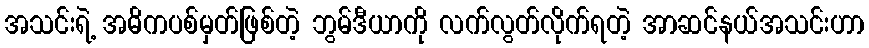
အသင်းရဲ့ အဓိကပစ်မှတ်ဖြစ်တဲ့ ဘွမ်ဒီယာကို လက်လွတ်လိုက်ရတဲ့ အာဆင်နယ်အသင်းဟာ